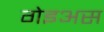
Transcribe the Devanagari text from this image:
गेइअस